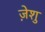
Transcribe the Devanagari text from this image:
ज़ेशु